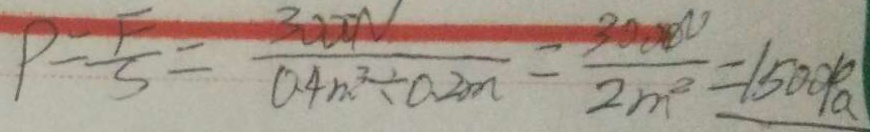
P = \frac { F } { S } = \frac { 3 0 0 0 N } { 0 . 4 m ^ { 3 } \div 0 . 2 m } = \frac { 3 0 0 0 N } { 2 m ^ { 2 } } = 1 5 0 0 P a